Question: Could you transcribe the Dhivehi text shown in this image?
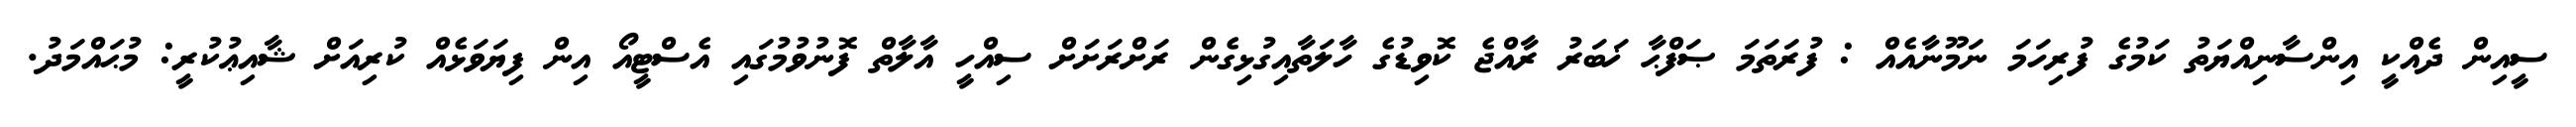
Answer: ސީއިން ދެއްކީ އިންސާނިއްޔަތު ކަމުގެ ފުރިހަމަ ނަމޫނާއެއް : ފުރަތަމަ ޞަފްޙާ ޚަބަރު ރާއްޖެ ކޮވިޑުގެ ހާލަތާއިގުޅިގެން ރަށްރަށަށް ސިއްހީ އާލާތް ފޮނުވުމުގައި އެސްޓީއޯ އިން ފިޔަވަޅެއް ކުރިއަށް ޝާއިޢުކުރީ: މުޙައްމަދު.